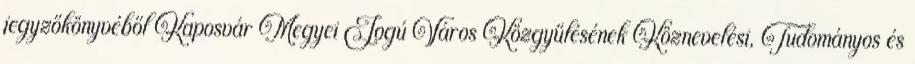
jegyzőkönyvéből Kaposvár Megyei Jogú Város Közgyűlésének Köznevelési, Tudományos és